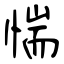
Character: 惴